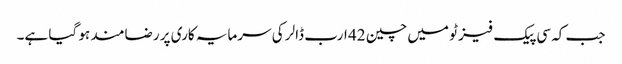
جب کہ سی پیک فیز ٹو میں چین 42 ارب ڈالر کی سرمایہ کاری پر رضامند ہو گیا ہے۔